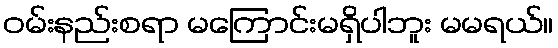
ဝမ်းနည်းစရာ မကြောင်းမရှိပါဘူး မမရယ်။